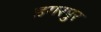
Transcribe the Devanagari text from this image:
डगरपुर